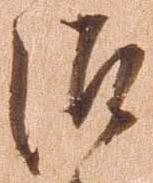
治